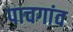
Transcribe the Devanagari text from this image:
पाचगांव